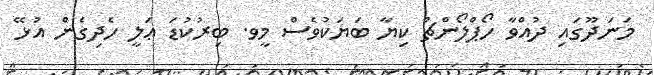
މަނަދޫގައި ދުއްވާ ހޯޕްލޯންޗް ކިޔާ ބަޔަކުވެސް މީވ. ބިރުކުޑަ ޢަލީ ހެދިގެން އުޅޭ